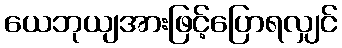
ယေဘုယျအားဖြင့်ပြောရလျှင်